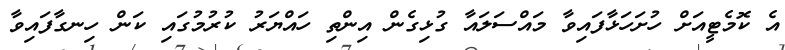
އެ ކޮމެޓީއަށް ހުށަހަޅާފައިވާ މައްސަލައާ ގުޅިގެން އިންތިި ހައްޔަރު ކުރުމުގައި ކަން ހިނގާފައިވާ